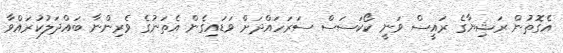
އެގޮތުން ރަޝިޔާގެ ރައީސް ވަނީ ކޯކަސަސް ސަރަހައްދަށް ވަޑައިގެން އެތަނުގެ ވެރިންނާ ބައްދަލުކުރައްވާ